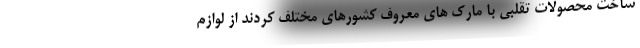
ساخت محصولات تقلبی با مارک های معروف کشورهای مختلف کردند از لوازم